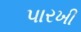
પારખી